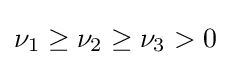
\nu _{1}\geq \nu _{2}\geq \nu _{3}>0